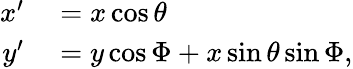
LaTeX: \begin{array}{rl}{x^{\prime}}&{{}=x\cos{\theta}}\\ {y^{\prime}}&{{}=y\cos{\Phi}+x\sin{\theta}\sin{\Phi},}\end{array}